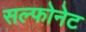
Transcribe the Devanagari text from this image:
सल्फोनेट